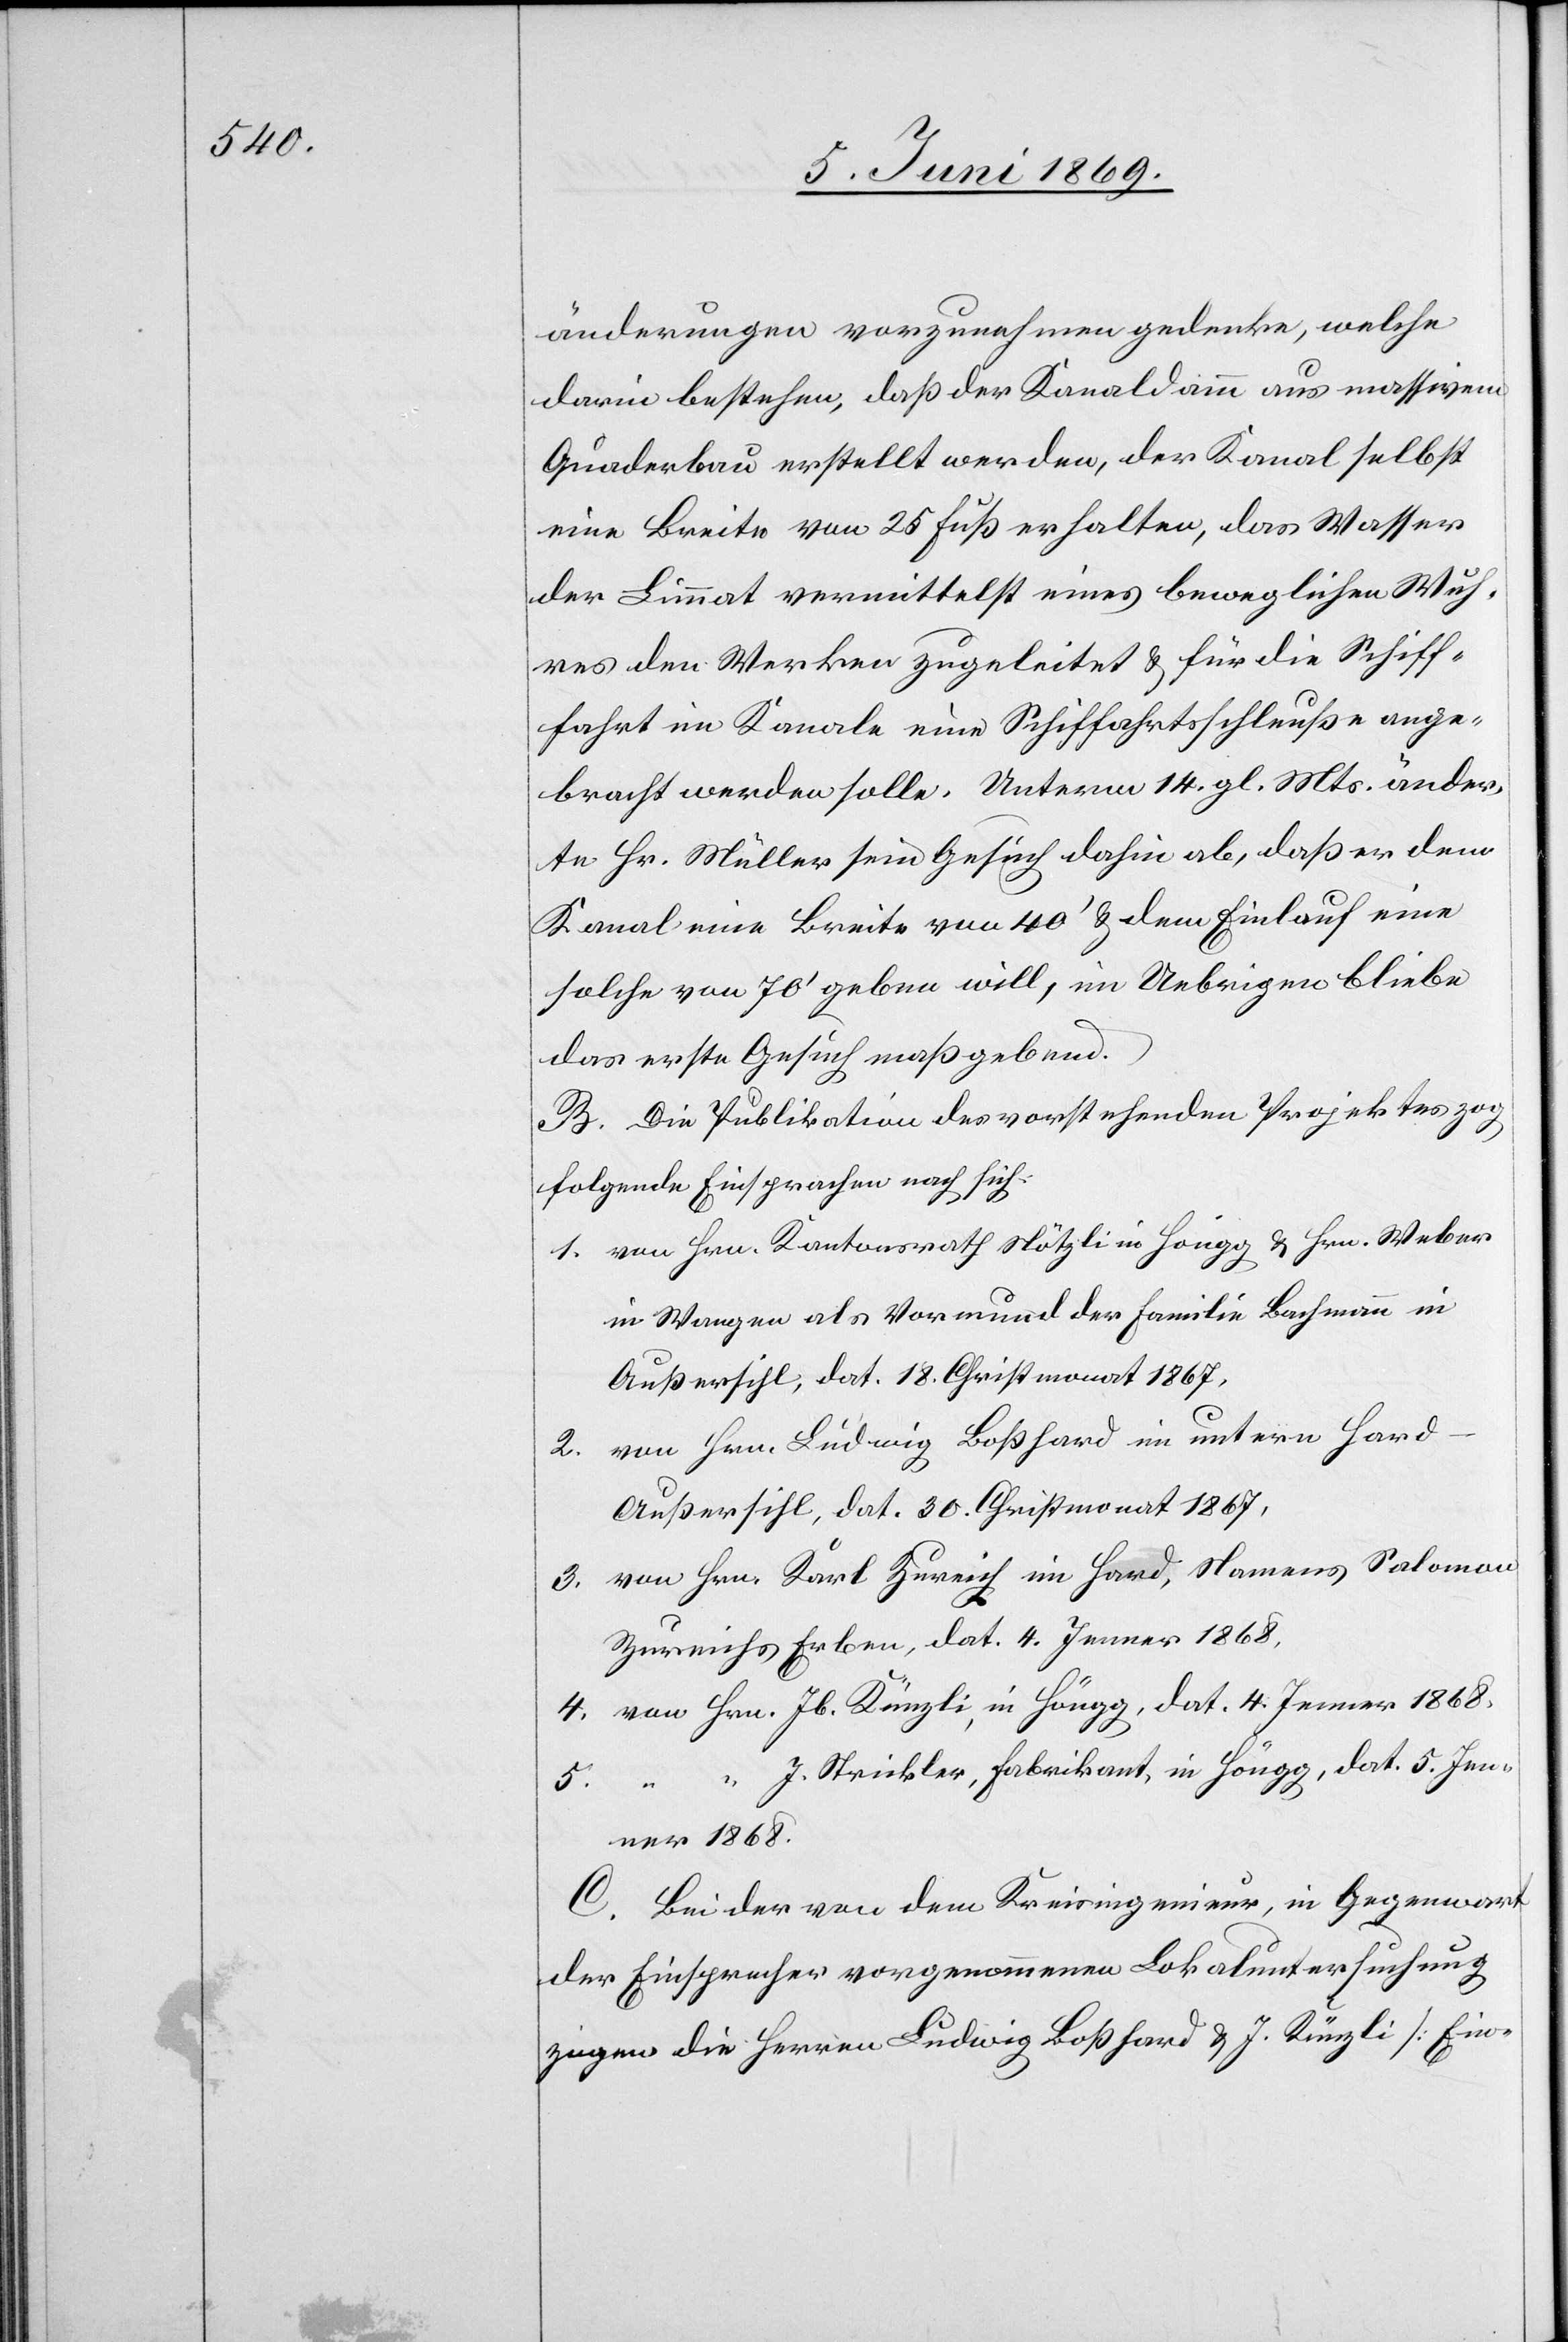
änderungen vorzunehmen gedenke, welche
darin bestehen, daß der Kanaldamm aus massivem
Quaderbau erstellt werden, der Kanal selbst
eine Breite von 25 Fuß erhalten, das Wasser
der Limmat vermittelst eines beweglichen Wuh¬
res den Werken zugeleitet u. für die Schif¬
fahrt im Kanale eine Schiffahrtsschleuße ange¬
bracht werden solle. Unterm 14. gl. Mts. änder¬
te Hr. Müller sein Gesuch dahin ab, daß er dem
Kanal eine Breite 40’ u. dem Einlauf eine
solche von 70’ geben will, im Uebrigen bleibe
das erste Gesuch maßgebend.
B. Die Publikation des vorstehenden Projektes zog
1. von Hrn Kantonsrath Nötzli in Höngg u. Hrn. Weber
in Wangen als Vormund der Familie Bachmann in
Außersihl, dat. 18. Christmonat 1867,
2. von Hrn. Ludwig Boßhard im untern Hard
Außersihl, dat. 30. Christmonat 1867,
3. von Hrn. Karl Zureich im Hard, Namens Solomon
Zureichs Erben, dat. 4. Jenner 1868,
4. von Hrn. Jb. Künzli, in Höngg, dat. 4. Jenner 1868,
5. “	“ J. Strickler, Fabrikant, in Höngg, dat. 5. Jen¬
ner 1868.
C. Bei der von dem Kreisingenieur, in Gegenwart
der Einsprecher vorgenommenen Lokaluntersuchung
ziehen die Herren Ludwig Boßhard u. J. Künzli [Ein-